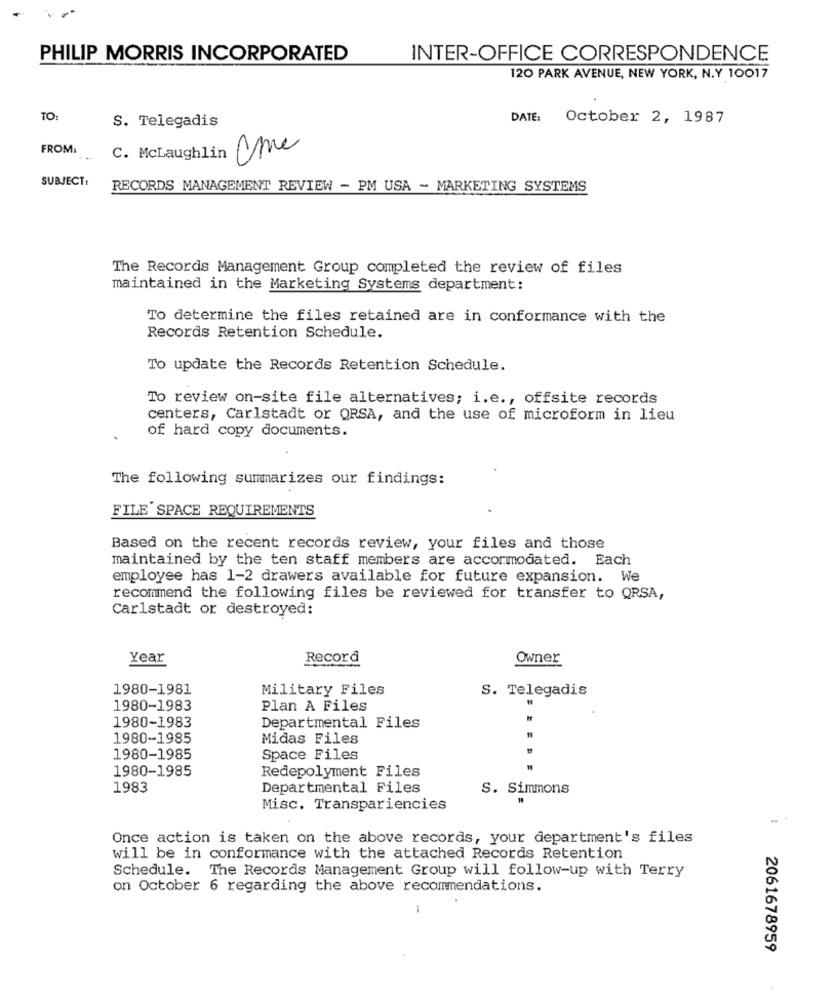
PHILIP MORRIS INCORPORATED
INTER-OFFICE CORRESPONDENCE
120 PARK AVENUE, NEW YORK, N.Y 10017
TO:
S. Telegadis
DATE :
October 2, 1987
FROM:
..
C. Mclaughlin me
SUBJECT:
RECORDS MANAGEMENT REVIEW - PM USA - MARKETING SYSTEMS
The Records Management Group completed the review of files
maintained in the Marketing Systems department:
To determine the files retained are in conformance with the
Records Retention Schedule.
To update the Records Retention Schedule.
To review on-site file alternatives; i.e ., offsite records
centers, Carlstadt or ORSA, and the use of microform in lieu
of hard copy documents.
The following summarizes our findings:
FILE SPACE REQUIREMENTS
Based on the recent records review, your files and those
maintained by the ten staff members are accommodated. Each
employee has 1-2 drawers available for future expansion. We
recommend the following files be reviewed for transfer to QRSA,
Carlstadt or destroyed:
Year
Record
Owner
1980-1981
Military Files
S. Telegadis
1980-1983
Plan A Files
1980-1983
Departmental Files
1980-1985
Midas Files
1980-1985
Space Files
1980-1985
Redepolyment Files
1983
Departmental Files
S. Simmons
Misc. Transpariencies
Once action is taken on the above records, your department's files
will be in conformance with the attached Records Retention
Schedule. The Records Management Group will follow-up with Terry
on October 6 regarding the above recommendations.
2061678959